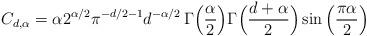
LaTeX: \begin{align*}C_{d,\alpha} = \alpha2^{\alpha/2} \pi^{-d/2-1} d^{-\alpha /2}\, \Gamma\Big(\frac{\alpha}{2}\Big) \Gamma\Big(\frac{d + \alpha}{2}\Big) \sin \Big(\frac{\pi \alpha}{2}\Big)\end{align*}